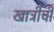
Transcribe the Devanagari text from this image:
खात्रीची